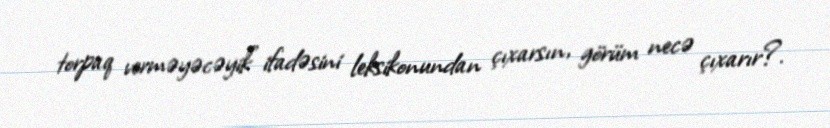
torpaq verməyəcəyik” ifadəsini leksikonundan çıxarsın, görüm necə çıxarır?.